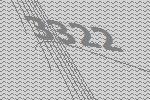
3322